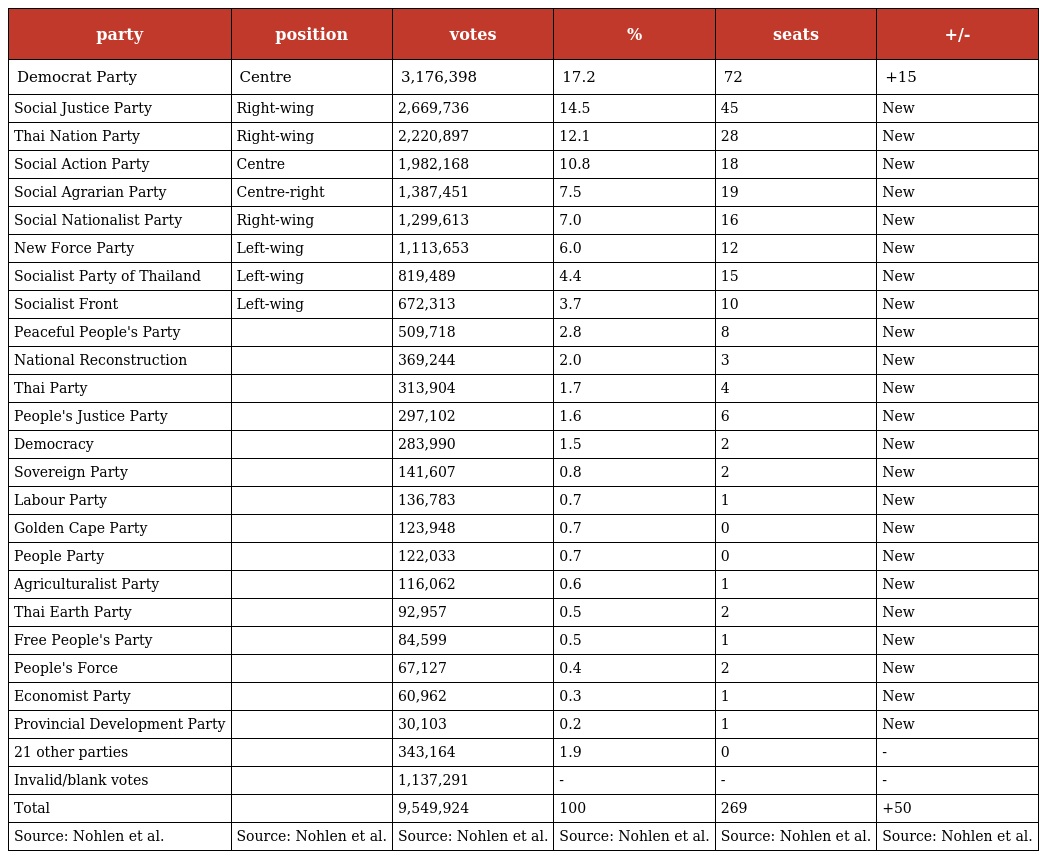
| party | position | votes | % | seats | +/- |
 | --- | --- | --- | --- | --- | --- |
 | Democrat Party | Centre | 3,176,398 | 17.2 | 72 | +15 |
 | Social Justice Party | Right-wing | 2,669,736 | 14.5 | 45 | New |
 | Thai Nation Party | Right-wing | 2,220,897 | 12.1 | 28 | New |
 | Social Action Party | Centre | 1,982,168 | 10.8 | 18 | New |
 | Social Agrarian Party | Centre-right | 1,387,451 | 7.5 | 19 | New |
 | Social Nationalist Party | Right-wing | 1,299,613 | 7.0 | 16 | New |
 | New Force Party | Left-wing | 1,113,653 | 6.0 | 12 | New |
 | Socialist Party of Thailand | Left-wing | 819,489 | 4.4 | 15 | New |
 | Socialist Front | Left-wing | 672,313 | 3.7 | 10 | New |
 | Peaceful People's Party |  | 509,718 | 2.8 | 8 | New |
 | National Reconstruction |  | 369,244 | 2.0 | 3 | New |
 | Thai Party |  | 313,904 | 1.7 | 4 | New |
 | People's Justice Party |  | 297,102 | 1.6 | 6 | New |
 | Democracy |  | 283,990 | 1.5 | 2 | New |
 | Sovereign Party |  | 141,607 | 0.8 | 2 | New |
 | Labour Party |  | 136,783 | 0.7 | 1 | New |
 | Golden Cape Party |  | 123,948 | 0.7 | 0 | New |
 | People Party |  | 122,033 | 0.7 | 0 | New |
 | Agriculturalist Party |  | 116,062 | 0.6 | 1 | New |
 | Thai Earth Party |  | 92,957 | 0.5 | 2 | New |
 | Free People's Party |  | 84,599 | 0.5 | 1 | New |
 | People's Force |  | 67,127 | 0.4 | 2 | New |
 | Economist Party |  | 60,962 | 0.3 | 1 | New |
 | Provincial Development Party |  | 30,103 | 0.2 | 1 | New |
 | 21 other parties |  | 343,164 | 1.9 | 0 | - |
 | Invalid/blank votes |  | 1,137,291 | - | - | - |
 | Total |  | 9,549,924 | 100 | 269 | +50 |
 | Source: Nohlen et al. | Source: Nohlen et al. | Source: Nohlen et al. | Source: Nohlen et al. | Source: Nohlen et al. | Source: Nohlen et al. |